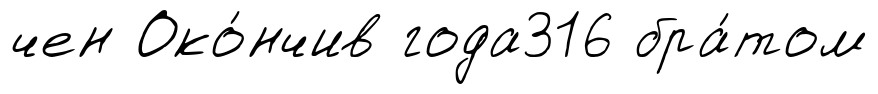
чен Око́нчив года316 бра́том